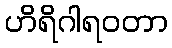
ဟိရိဂါရဝတာ